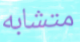
متشابه